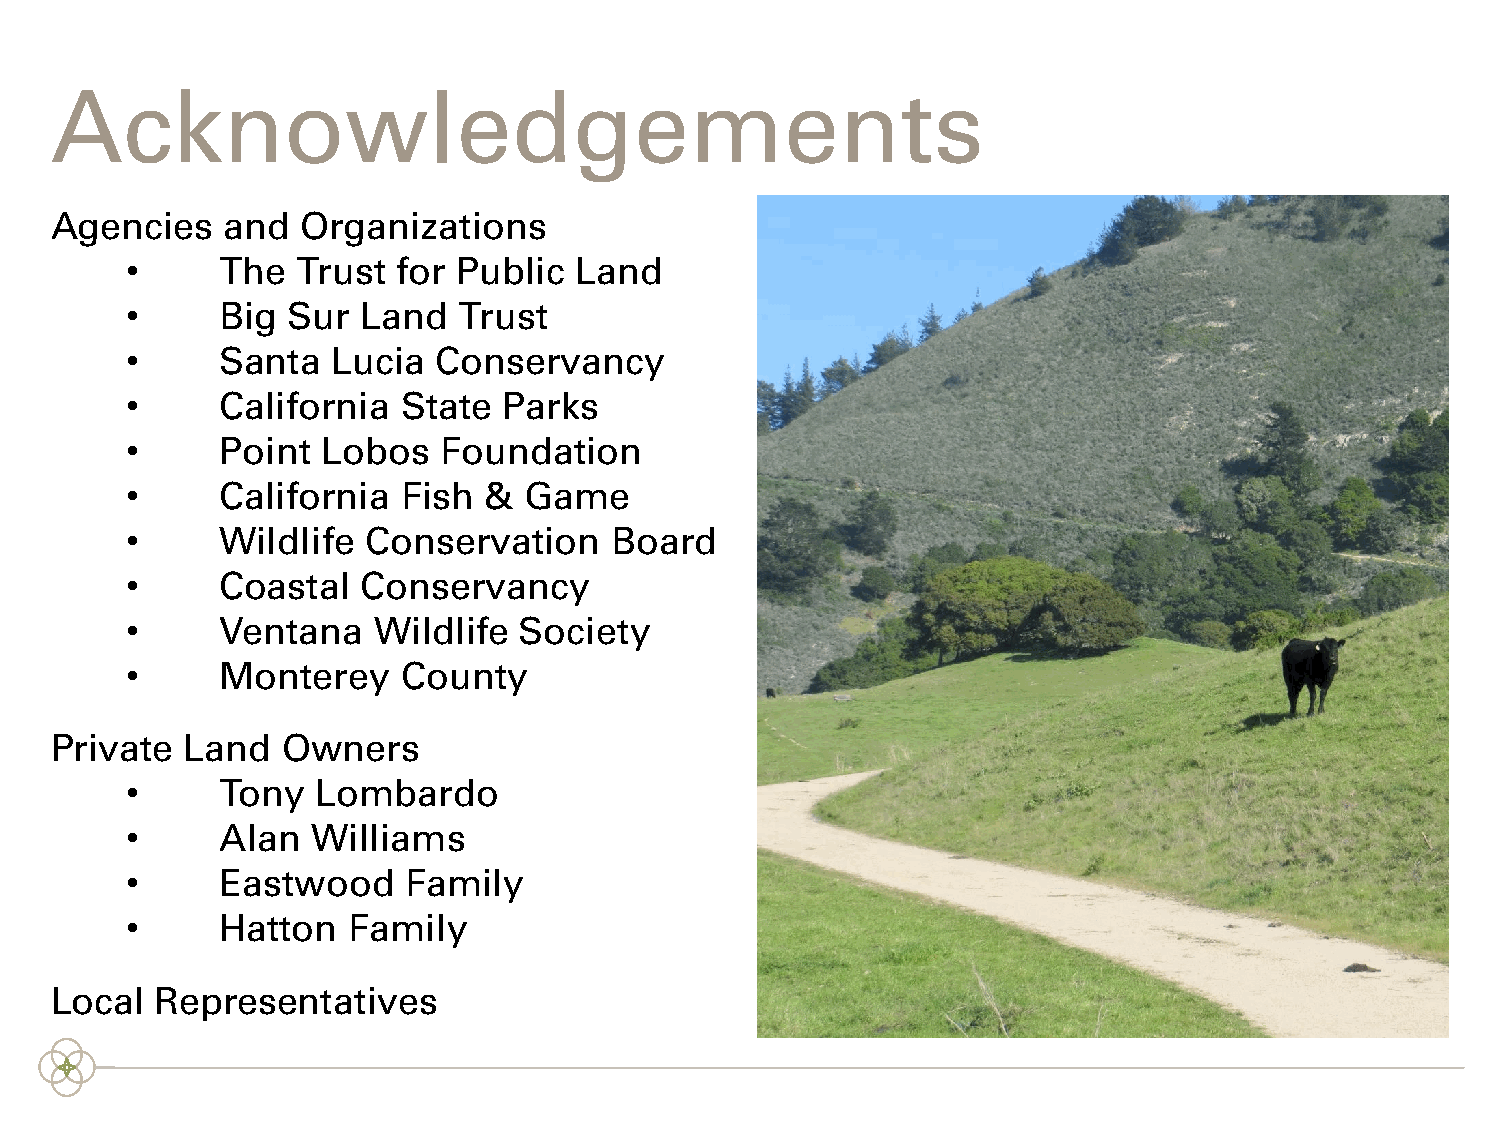
Acknowledgements
 Agencies    and  Organizations
 •      The  Trust for Public  Land
 •      Big Sur  Land  Trust
 •      Santa  Lucia  Conservancy
 •      California  State Parks
 •      Point Lobos   Foundation
 •      California  Fish &  Game
 •      Wildlife Conservation    Board
 •      Coastal  Conservancy
 •      Ventana   Wildlife Society
 •      Monterey    County
 Private  Land   Owners
 •      Tony  Lombardo
 •      Alan  Williams
 •      Eastwood    Family
 •      Hatton  Family
 Local  Representatives